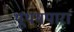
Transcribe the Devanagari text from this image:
थूथमपारा